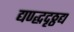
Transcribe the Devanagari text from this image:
द्यण्द्धदृठ्ठद्य